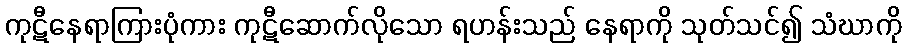
ကုဋီနေရာကြားပုံကား ကုဋီဆောက်လိုသော ရဟန်းသည် နေရာကို သုတ်သင်၍ သံဃာကို